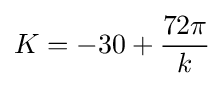
K=-30+{\frac {72\pi }{k}}